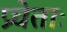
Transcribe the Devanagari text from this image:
प्रचेताः